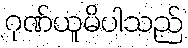
ဂုဏ်ယူမိပါသည်